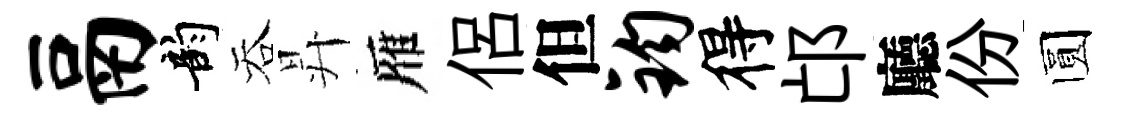
鬲韵吞昇雁侶但钧得邙廳份圆